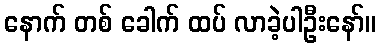
နောက် တစ် ခေါက် ထပ် လာခဲ့ပါဦးနော်။